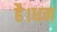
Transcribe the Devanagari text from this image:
है।धन